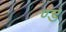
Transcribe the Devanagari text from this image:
ण्ड